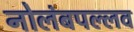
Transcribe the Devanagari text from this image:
नोलंबपल्लव